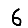
Digit: 6